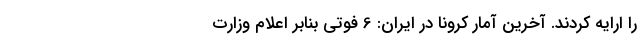
را ارایه کردند. آخرین آمار کرونا در ایران: 6 فوتی بنابر اعلام وزارت